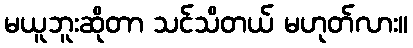
မယူဘူးဆိုတာ သင်သိတယ် မဟုတ်လား။